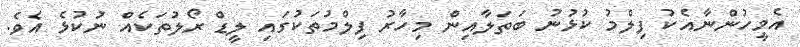
އެމީހުންނާއެކު ފިލްމު ކުޅުނު ބަތަލާއިން މިހާރު ފިލްމުތަކުގައި ލީޑް ރޯލުތަކެއް ނުކުޅެ އެވެ.